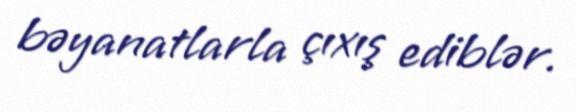
bəyanatlarla çıxış ediblər.